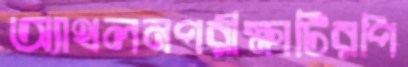
অ্যাথলনপরীক্ষাটিরপি